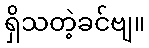
ရှိသတဲ့ခင်ဗျ။